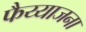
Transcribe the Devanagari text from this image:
फैय्याजना